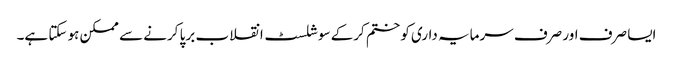
ایسا صرف اور صرف سرمایہ داری کو ختم کرکے سوشلسٹ انقلاب برپا کرنے سے ممکن ہو سکتا ہے۔